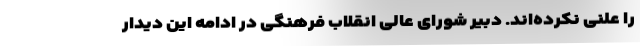
را علنی نکرده‌اند. دبیر شورای عالی انقلاب فرهنگی در ادامه این دیدار